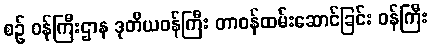
စဉ် ဝန်ကြီးဌာန ဒုတိယဝန်ကြီး တာဝန်ထမ်းဆောင်ခြင်း ဝန်ကြီး